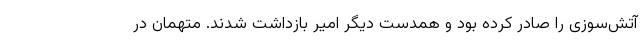
آتش‌سوزی را صادر کرده بود و همدست دیگر امیر بازداشت شدند. متهمان در